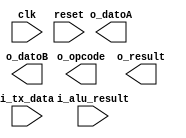
`timescale 1ns / 1ps
//////////////////////////////////////////////////////////////////////////////////
// Company: 
// Engineer: 
// 
// Design Name: 
// Module Name: interface
// Project Name: 
// Target Devices: 
// Tool Versions: 
// Description: 
// 
// Dependencies: 
// 
// Revision:
// Revision 0.01 - File Created
// Additional Comments:
// 
//////////////////////////////////////////////////////////////////////////////////


module interface(
    input clk,
    input reset,
    input [7:0] i_tx_data,
    input [7:0] i_alu_result,
    output [7:0] o_datoA,
    output [7:0] o_datoB,
    output [7:0] o_opcode,
    output [7:0] o_result
    );
endmodule